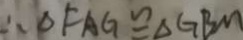
\therefore \Delta F A G \cong \Delta G B M